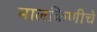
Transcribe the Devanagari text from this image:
मालकिणीचे